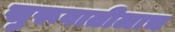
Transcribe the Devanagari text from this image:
सुरूवातीलाच